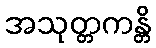
အသုတ္တကန္တိ